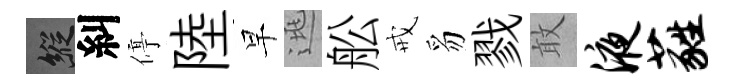
縱糾停陸早逃舩戒豸戮敢液蕤